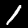
Digit: 1